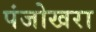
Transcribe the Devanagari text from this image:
पंजोखरा